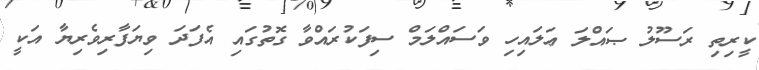
ކީރިތި ރަސޫލު ޞައްލަ ޢަލައިހި ވަސައްލަމް ސިފަކުރައްވާ ގޮތުގައި އެފަދަ ވިޔަފާރިވެރިޔާ އަކީ